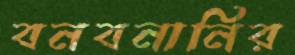
বনবনানির